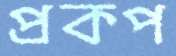
প্রকপ